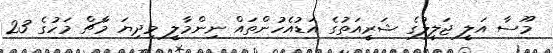
މޫސާ އަލީ ޖަލީލުގެ ޝަރީއަތުގެ އަޑުއެހުންތައް ނިންމާލީ މިދިޔަ މާޗް މަހުގެ 23